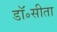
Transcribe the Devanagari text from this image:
डॉ॰सीता